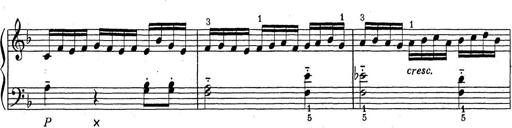
Title: ÄŒeskÃ© Sonatiny
Composer: Various